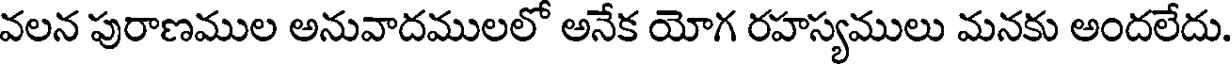
వలన పురాణముల అనువాదములలో అనేక యోగ రహస్యములు మనకు అందలేదు.